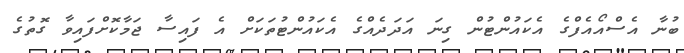
ބުނާ އެސްއޯއެފްގެ އެކައުންޓުން ގިނަ އަދަދެއްގެ އެކައުންޓުތަކަށް އެ ފައިސާ ޖަމާކޮށްފައިވާ ގޮތުގެ